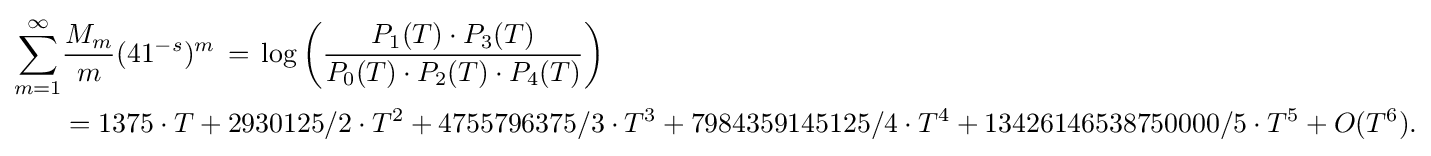
{\begin{alignedat}{2}\sum _{m=1}^{\infty }&{\frac {M_{m}}{m}}(41^{-s})^{m}\,=\,\log \left({\frac {P_{1}(T)\cdot P_{3}(T)}{P_{0}(T)\cdot P_{2}(T)\cdot P_{4}(T)}}\right)\\&=1375\cdot T+2930125/2\cdot T^{2}+4755796375/3\cdot T^{3}+7984359145125/4\cdot T^{4}+13426146538750000/5\cdot T^{5}+O(T^{6}).\end{alignedat}}